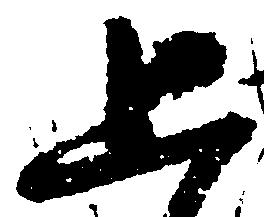
上